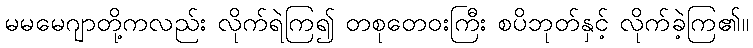
မမမေဂျာတို့ကလည်း လိုက်ရဲကြ၍ တစုတေဝးကြီး စပိဘုတ်နှင့် လိုက်ခဲ့ကြ၏။